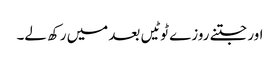
اور جتنے روزے ٹوٹیں بعد میں رکھ لے۔